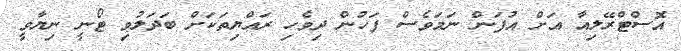
އޮސްޓްރޭލިއާ އަށް އުފަން ނަމަވެސް ފަހުން ދިވެހި ރައްޔިތަކަށް ބަދަލުވި ޓޯނީ ނިޔާވީ